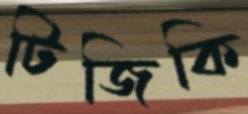
টিজিকি